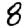
Digit: 8